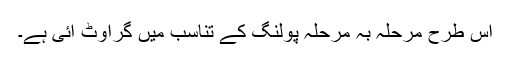
اِس طرح مرحلہ بہ مرحلہ پولنگ کے تناسب میں گراوٹ آئی ہے۔